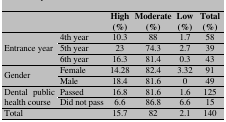
<table><thead><tr><td></td><td></td><td><b>High(%)</b></td><td><b>Moderate(%)</b></td><td><b>Low (%)</b></td><td><b>Total(%)</b></td></tr></thead><tbody><tr><td rowspan="3"> Entrance year </td><td> 4th year </td><td> 10.3 </td><td> 88 </td><td> 1.7 </td><td> 58 </td></tr><tr><td> 5th year </td><td> 23 </td><td> 74.3 </td><td> 2.7 </td><td> 39 </td></tr><tr><td> 6th year </td><td> 16.3 </td><td> 81.4 </td><td> 0.3 </td><td> 43 </td></tr><tr><td rowspan="2"> Gender </td><td> Female </td><td> 14.28 </td><td> 82.4 </td><td> 3.32 </td><td> 91 </td></tr><tr><td> Male </td><td> 18.4 </td><td> 81.6 </td><td> 0 </td><td> 49 </td></tr><tr><td rowspan="2"> Dental public health course </td><td> Passed </td><td> 16.8 </td><td> 81.6 </td><td> 1.6 </td><td> 125 </td></tr><tr><td> Did not pass </td><td> 6.6 </td><td> 86.8 </td><td> 6.6 </td><td> 15 </td></tr><tr><td> Total </td><td></td><td> 15.7 </td><td> 82 </td><td> 2.1 </td><td> 140 </td></tr></tbody></table>